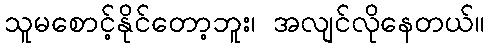
သူမစောင့်နိုင်တော့ဘူး၊ အလျင်လိုနေတယ်။